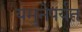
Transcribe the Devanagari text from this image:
यमुनेपर्यंत